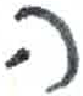
אות: ה